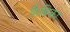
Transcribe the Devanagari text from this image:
फ़ैब्रिका